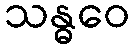
သန္ဓဝေ